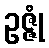
ဥဇ္ဇုံ